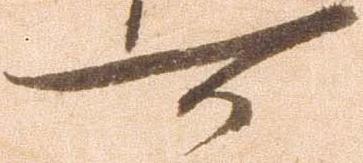
可